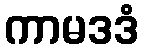
ကာမဒဒံ